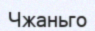
Чжаньго